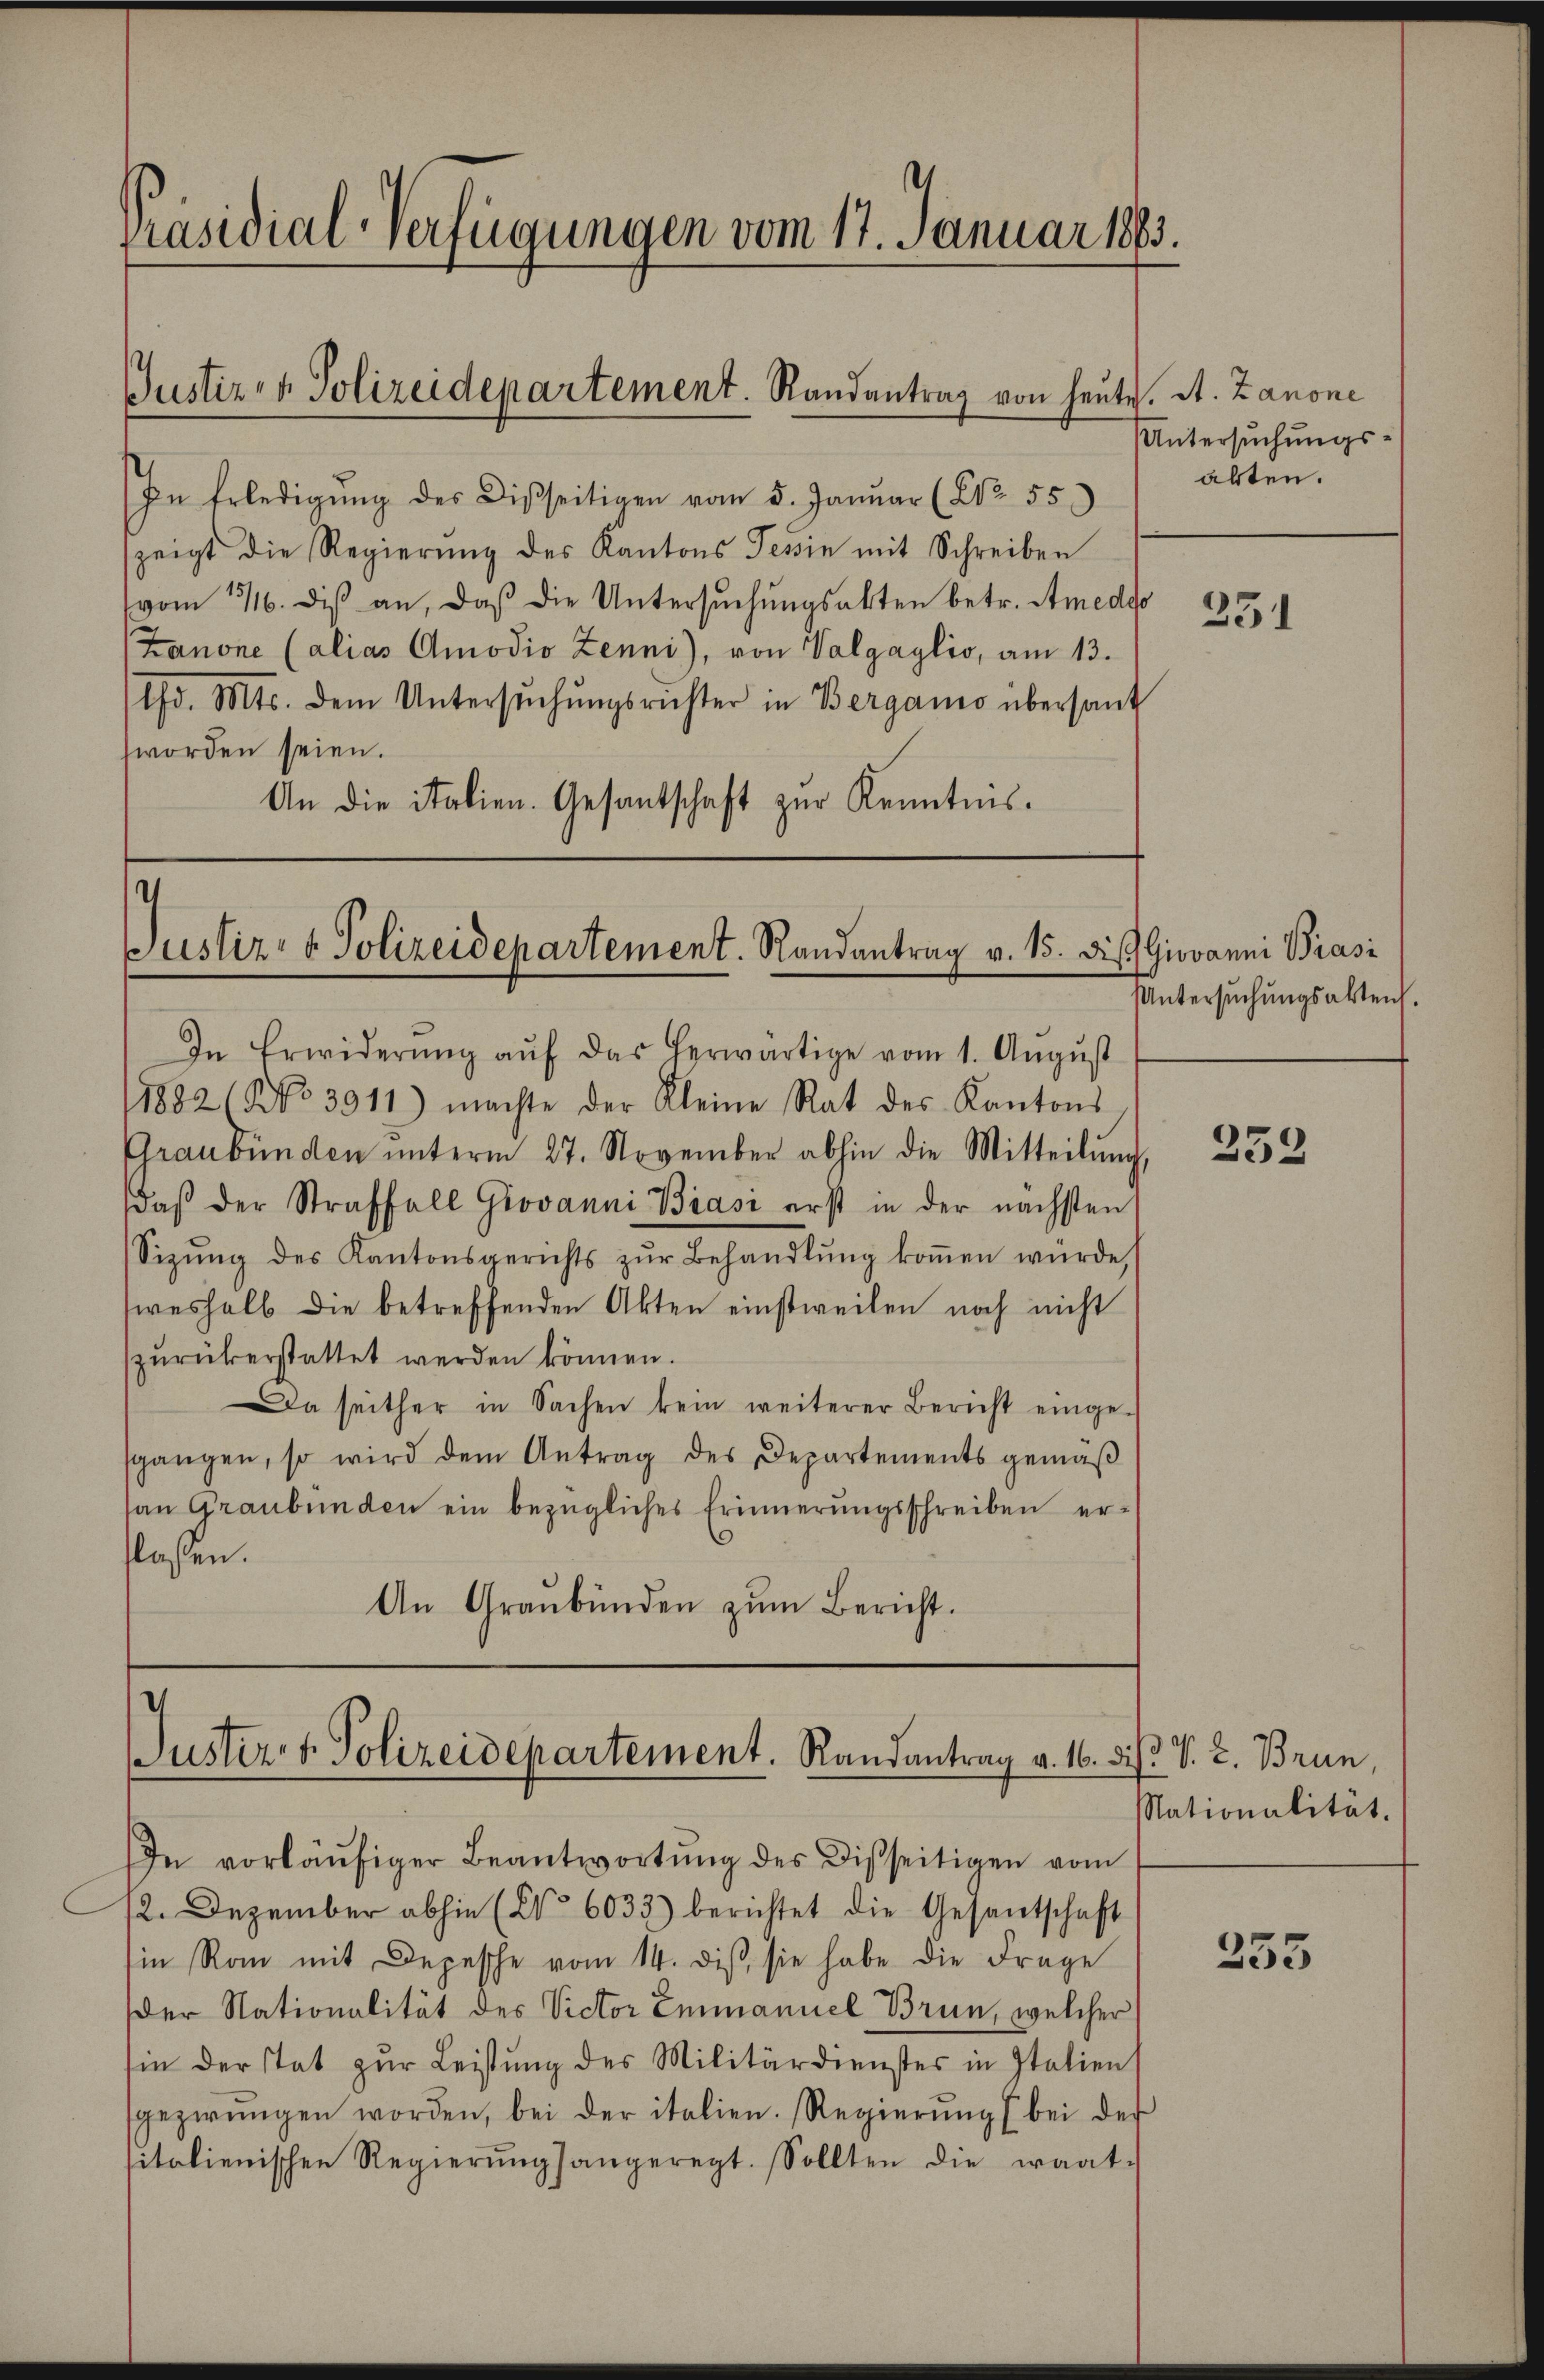
Präsidial-Verfügungen vom 17. Januar 1863.

Justiz- & Polizeidepartement. Randantrag von heute. St. Zanone

In Erledigŭng des Disseitigen vom 5. Januar (Nr. 55
zeigt die Regierŭng des Kantons Tessin mit Schreiben
(vom 11. diβ an, daβ die Untersŭchŭngsakten betr. Amedso
Zanone (alias Amodio Zenni), von Valgaylio, am 13.
thd. Mts. dem Untersŭchŭngsrichter in Bergamo übersant
worden seien.
An die italien. Gesantschaft zŭr Kenntnis

V
Justiz- & Polizeidepartement. Randantrag v. 15. die Giovanni Präsi

Justiret Polizeidepartement. Randantrag v. 16.

Untersuchungsabten.

In Erwiderŭng aŭf das herwärtige vom 1. Aŭgŭst
11882 (NNo. 3911) machte der Kleine Rat des Kantons-
Graubünden ŭnterm 27. November abhin die Mitteilŭng,
daβ der Straffall Giovanni Brasi erst in der nächsten
Sizŭng des Kantonsgerichts zŭr Behandlŭng koṁen würde,
siveshalb die betreffenden Akten einstweilen noch nicht
zŭrükerstattet werden können.
a seither in Sachen kein weiterer Bericht einge-
sgangen, so wird dem Antrag des Departements gemäβ
an Graubünden ein bezügliches Erinnerungsschreiben erflassen.
An Graubünden zŭm Bericht.

In vorläŭfiger Beantwortŭng des Disseitigen vom
12. Dezember abhin (No 6033) berichtet die Gesantschaft
in Rom mit Depesche vom 14. diβ sie habe die Frage
der Nationalität des Victor Emmanuel Brun, welcher
in der stat zŭr Leistŭng des Militärdienster in Italien
gezwungen worden, bei der italien. Regierŭng (bei der
sitalienischen Regierŭngsangeregt. Sollten die waat-

331

Untersuchungsakten.

233

diß v. 2. Brun
Nationalität.

255